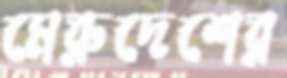
মেরুদেশের